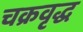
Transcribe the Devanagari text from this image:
चक्रवृद्ध